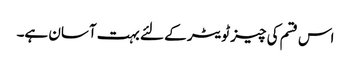
اس قسم کی چیز ٹویٹر کے لئے بہت آسان ہے۔